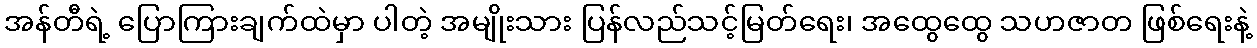
အန်တီရဲ့ ပြောကြားချက်ထဲမှာ ပါတဲ့ အမျိုးသား ပြန်လည်သင့်မြတ်ရေး၊ အထွေထွေ သဟဇာတ ဖြစ်ရေးနဲ့